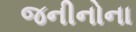
જનીનોના